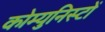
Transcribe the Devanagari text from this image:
कोम्युनिस्टों